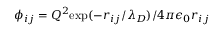
\phi _ { i j } = Q ^ { 2 } \mathrm { e x p } ( - r _ { i j } / \lambda _ { D } ) / 4 \pi \epsilon _ { 0 } r _ { i j }